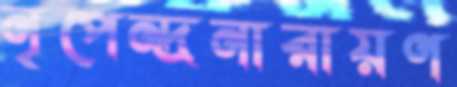
নৃপেন্দ্রনারায়ণ